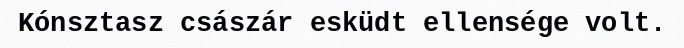
Kónsztasz császár esküdt ellensége volt.